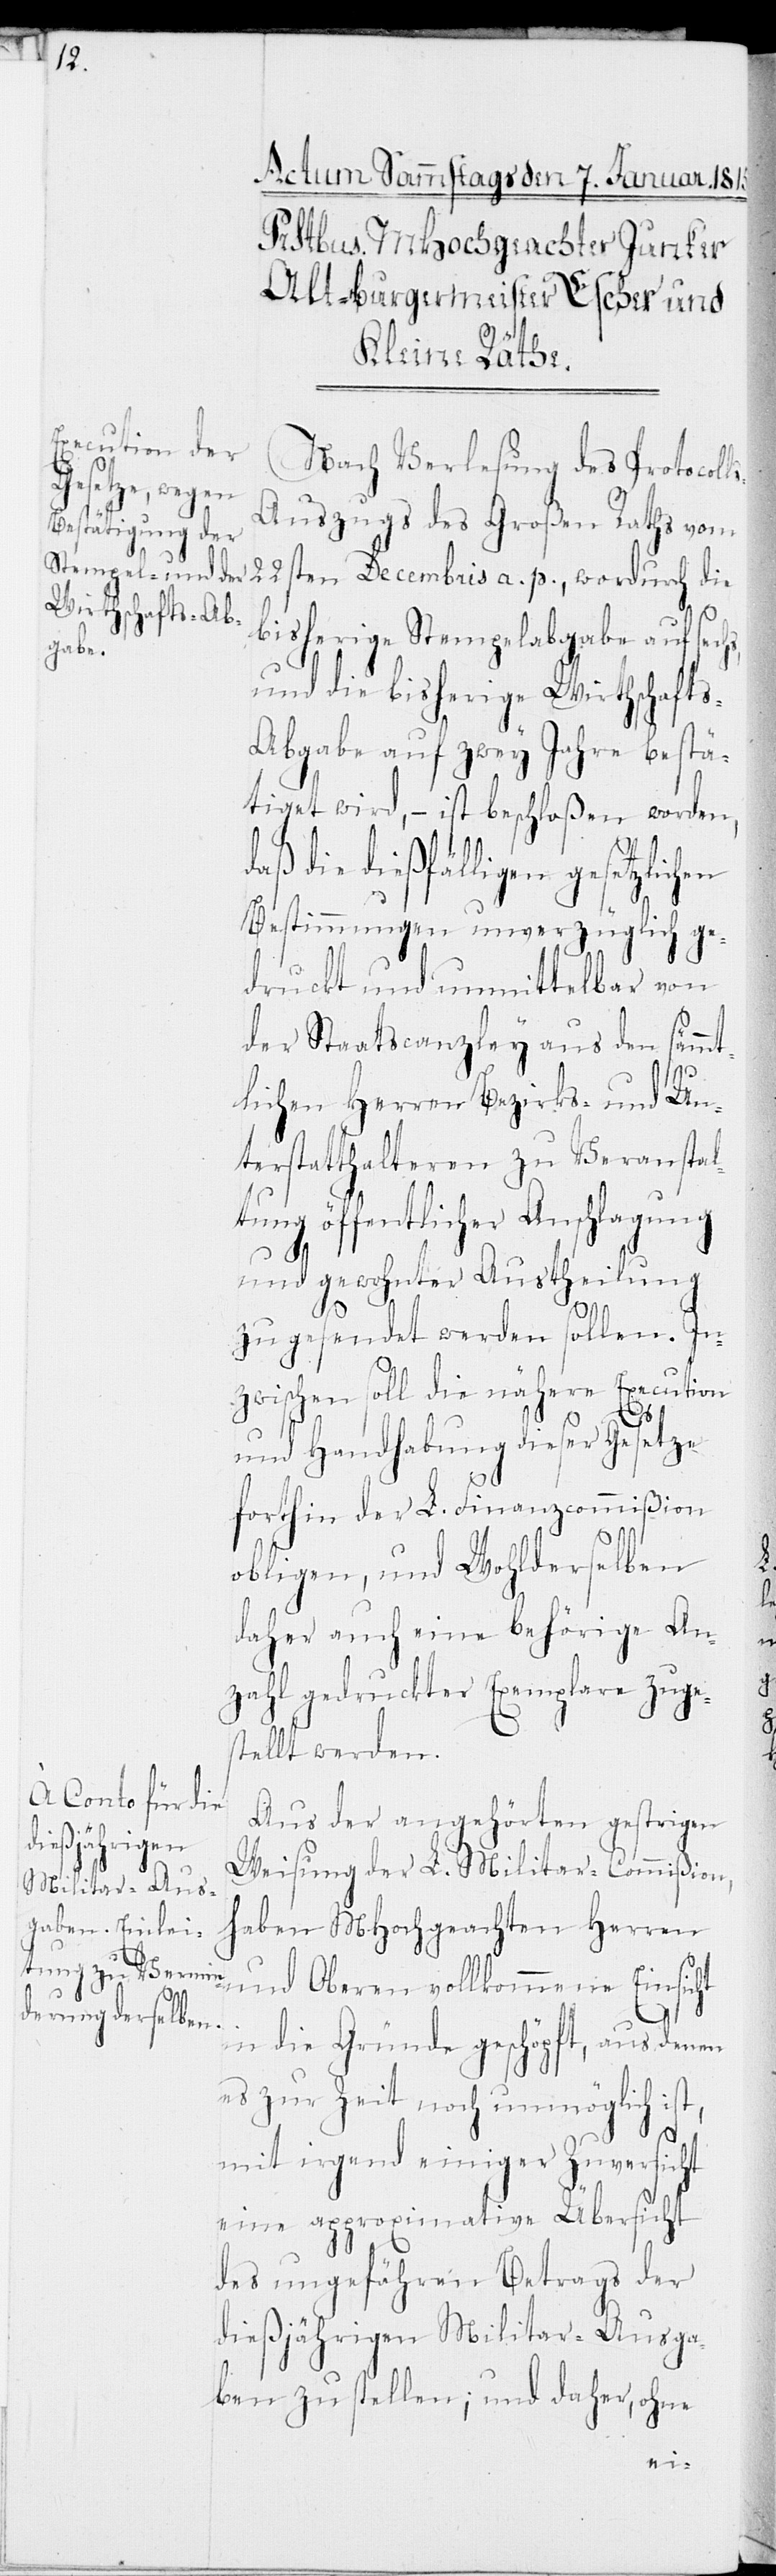
Nach Verlesung des Protocol¬
Decembris a.
ls-Auszugs des Großen Raths vom
bisherige Stempelabgabe auf sech¬
und die bisherige Wirthschaft¬
s-Abgabe auf zwey Jahre bestä¬
tiget wird, – ist beschloßen worden,
die dießfälligen gesetzlichen
Bestimmungen unverzüglich ge¬
druckt und unmittelbar von
der Staatscanzley aus den sämmt¬
lichen Herren Bezirks- und Un¬
terstatthalteren zu Veranstal¬
tung öffentlicher Anschlagung
und gewohnter Austheilung
zugesendet werden sollen. In¬
zwischen soll die nähere Execution
t,
und Handhabung dieser Gesetze
forthin der L. Finanzcommißion
obligen, und Wohlderselben
daher auch eine behörige An¬
zahl gedruckter Exemplare zuge¬
stellt werden.
Aus der angehörten gestrigen
Weisung der L. Militar-Commißion,
haben MHochgeachten Herren
und Oberen vollkommene Einsicht
in die Gründe geschöpft, aus denen
es zur Zeit noch unmöglich is¬
mit irgend einiger Zuversicht
eine approximative Übersicht
des ungefähren Betrags der
dießjährigen Militar-Ausga¬
ben zu stellen; und daher, ohne